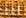
أخرى